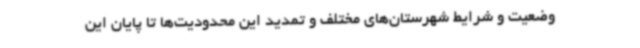
وضعیت و شرایط شهرستان‌های مختلف و تمدید این محدودیت‌ها تا پایان این